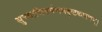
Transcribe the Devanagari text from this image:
सुच्याभिसर्पणमदृष्टकारणम्।